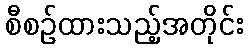
စီစဉ်ထားသည့်အတိုင်း